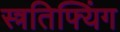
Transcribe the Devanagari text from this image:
स्त्रतिफ्यिंग